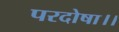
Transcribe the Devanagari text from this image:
परदोषा।।